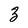
Character: 3